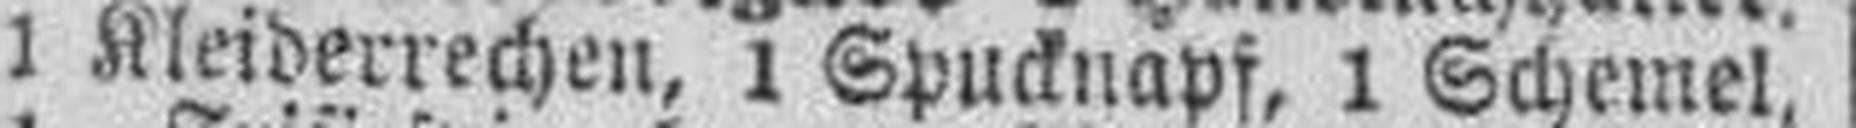
1 Kleiderrechen, 1 Spucknapf, 1 Schemel,